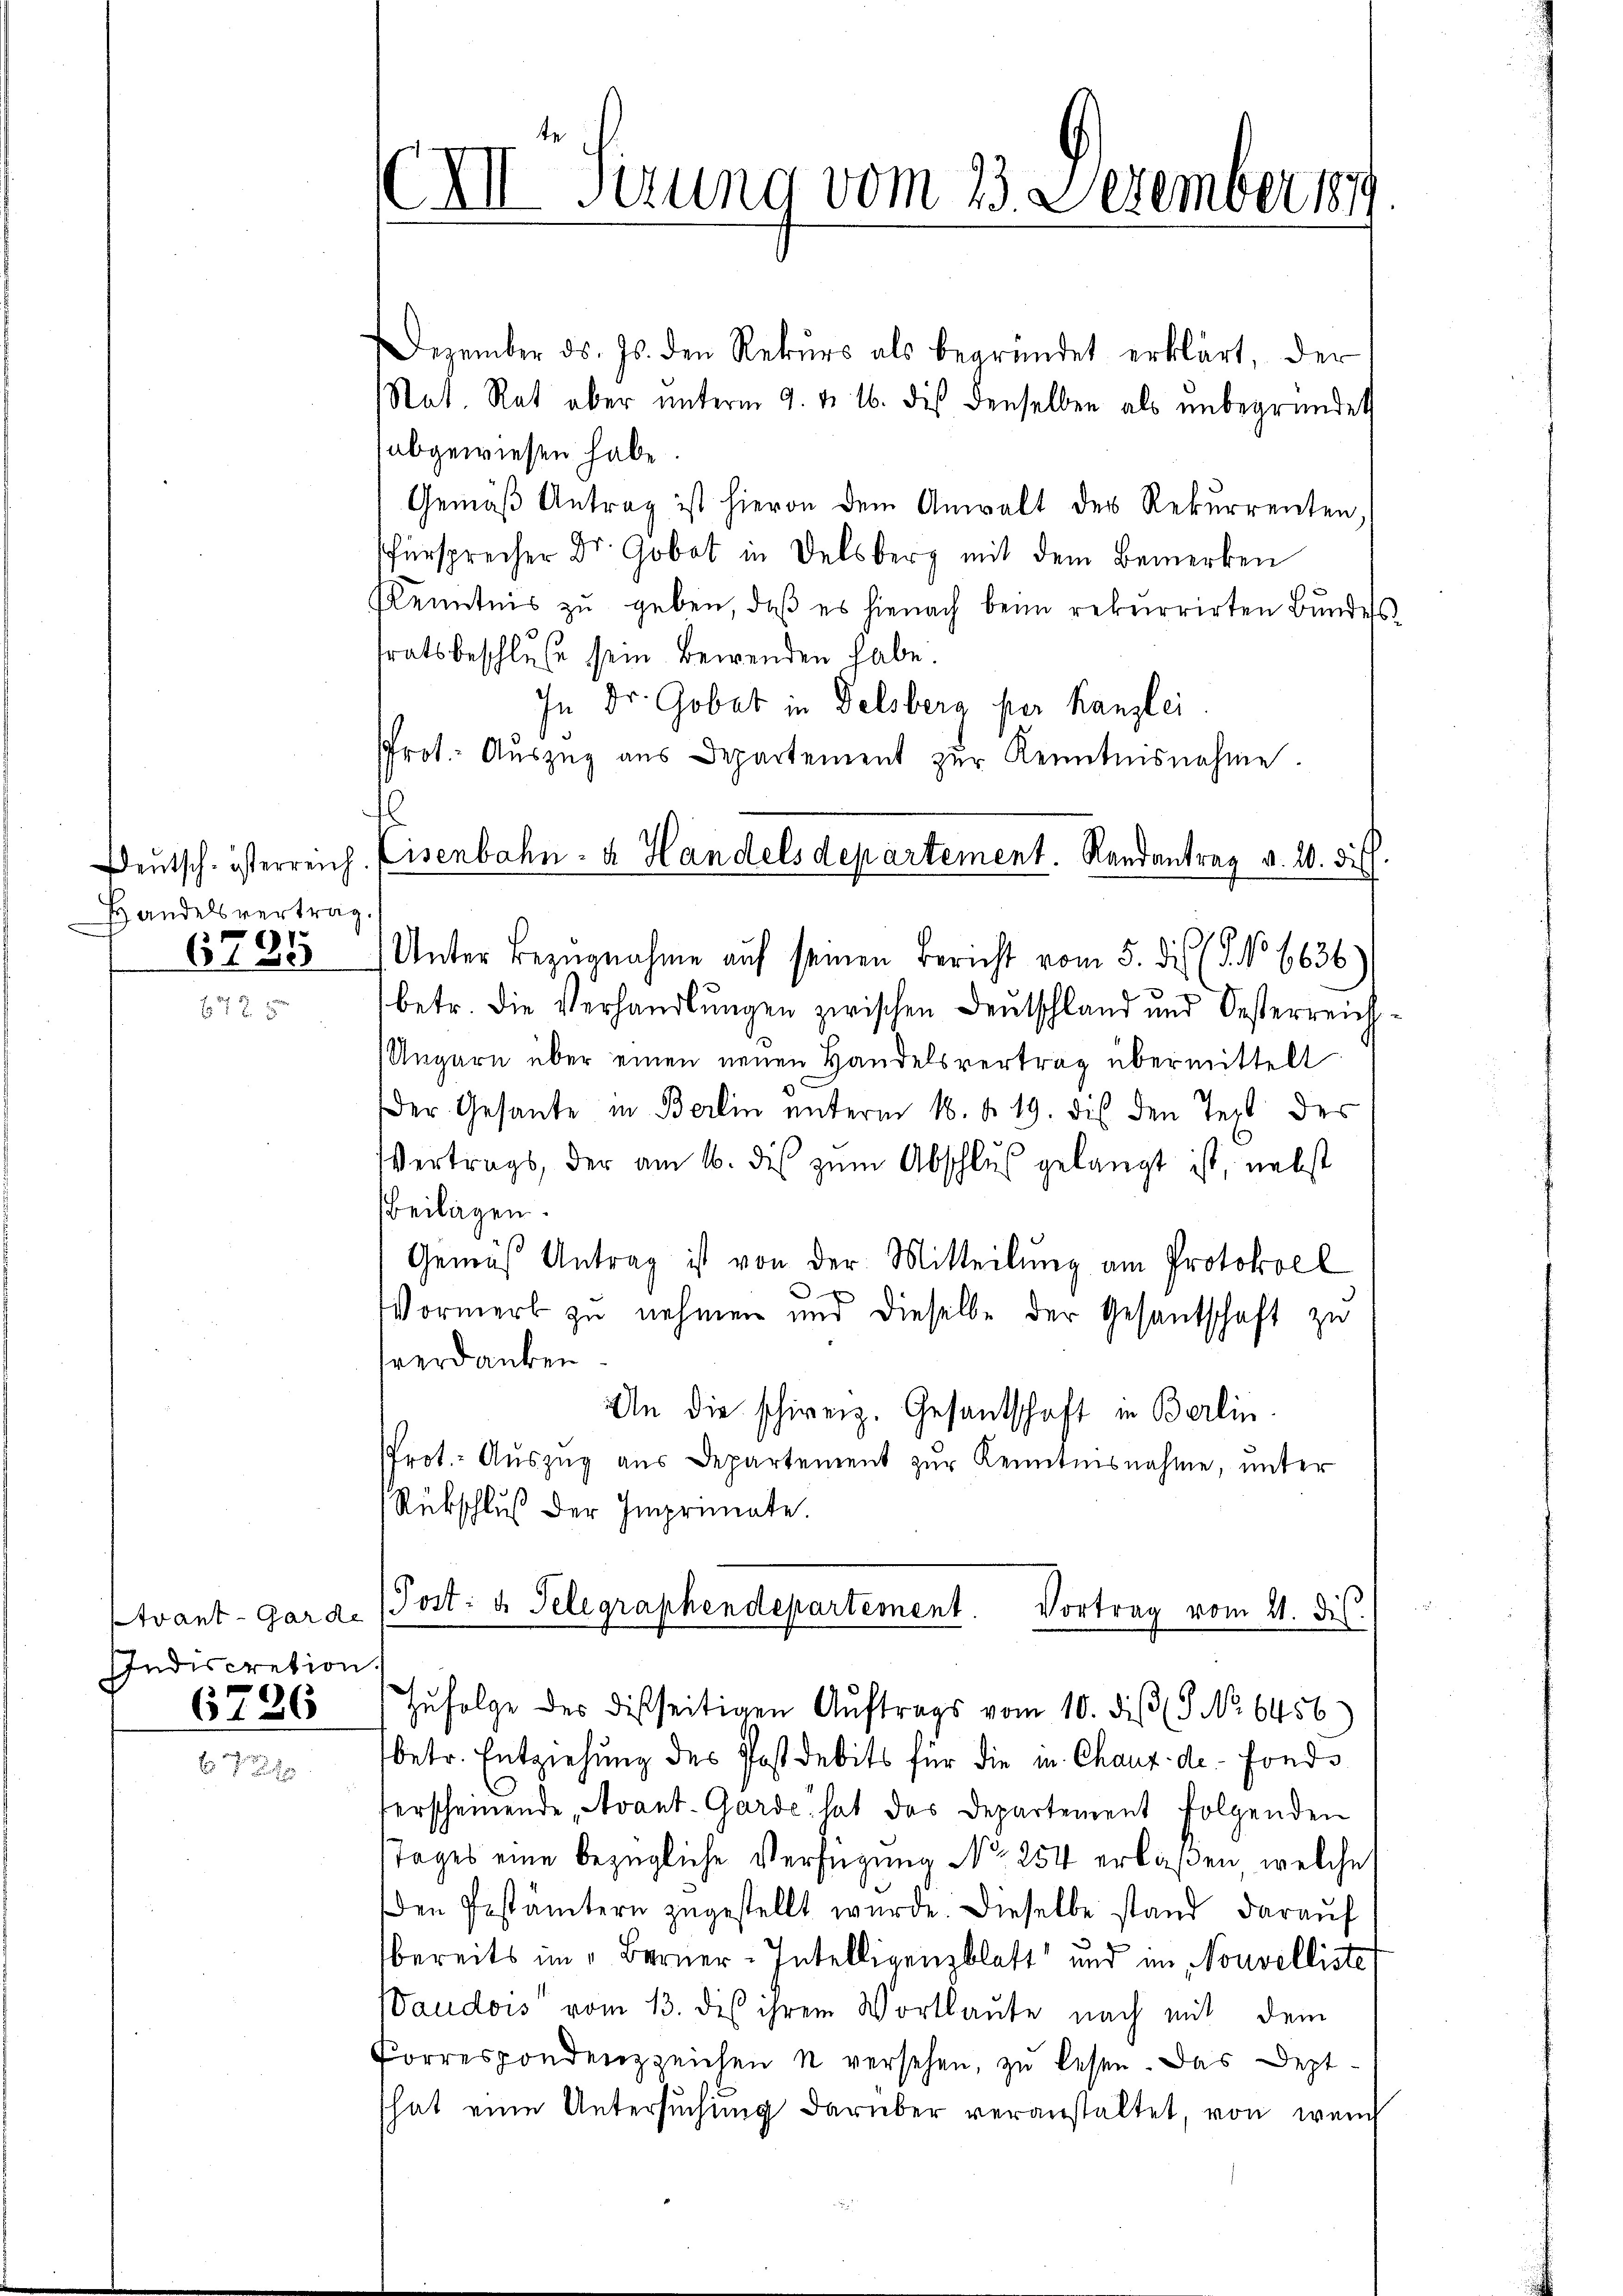
Deutsch-österreich
Handelsvertrag.
6795

Indiscretion
6726

E

III Sirung vom 23. Dezember 189

Dezember ds. Js. den Rekŭrs als begründet erklärt, der
at. Rat aber unterm 9. d. 16. des denselben als unbegründet
abgewiesen habe.
Gemäß Antrag ist hievon dem Anwalt der Rekurrenten,
fürsprecher Dr. Gobat in Delsberg mit dem Bemerken
Kenntnis zu geben, daß es hienach beim rekurrirten Bundes
sratsbeschluße sein Bewenden habe.
In Dr. Gobat in Delsberg per Kanzlei
Prot. Auszug aus Departement zur Kenntnisnahme.
Unter Bezugnahme auf seinen Bericht vom 5. des (§. No 6636)
2
betr. die Verhandlŭngen zwischen Deutschland und Oesterreich-
Ungarn über einen neuen Handelsvertrag übermittelt
Der Gesante in Berlin unterm 16. d. 19. dis den Text des
Vertrags, der am 16. des zŭm Abschlus gelangt ist, nebst
Beilagen.
Gemäß Antrag ist von der Mitteilung am Protokoll
Vormerk zu nehmen und dieselbe der Gesantschaft zu
hverdanken
An die schweiz. Gesandschaft in Berlin
PProt.- Aŭszŭg aŭs Departement zŭr Kenntnisnahme, unter
Rückschluß der Imprimate.
tvant-Garde (Post- u. Telegraphendepartement. Vortrag vom 21. dis
Zŭfolge des disseitigen Aŭftrags vom 10. diβ (9 No 6456)
betr. Entziehung des Post debits für die in Chaux de fonds
verscheinende Avant-Garde hat das Departement folgenden
Tages eine bezügliche Verfügung No 254 erlaßen, welche
den Pestämtern zugestellt wurde. Dieselbe stand darauf
bereits im Berner-Intelligenzblatt und im Nouvelliste
Waudois vom 13. des ihrem Wortlaute nach mit dem
Forrespondenzzeichen u versehen, zu lesen. Das Dept
hat eine Untersŭchŭng darüber veranstaltet, von wen

f

Eisenbahn- u. Handels departement. Randantrag v. 20. dich.